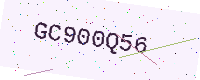
Text: GC900Q56